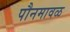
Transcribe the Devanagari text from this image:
पौनमावळ